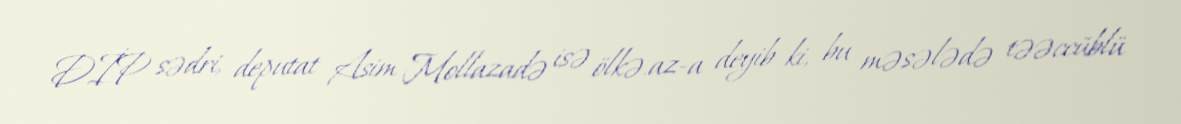
DİP sədri, deputat Asim Mollazadə isə ölkə.az-a deyib ki, bu məsələdə təəccüblü